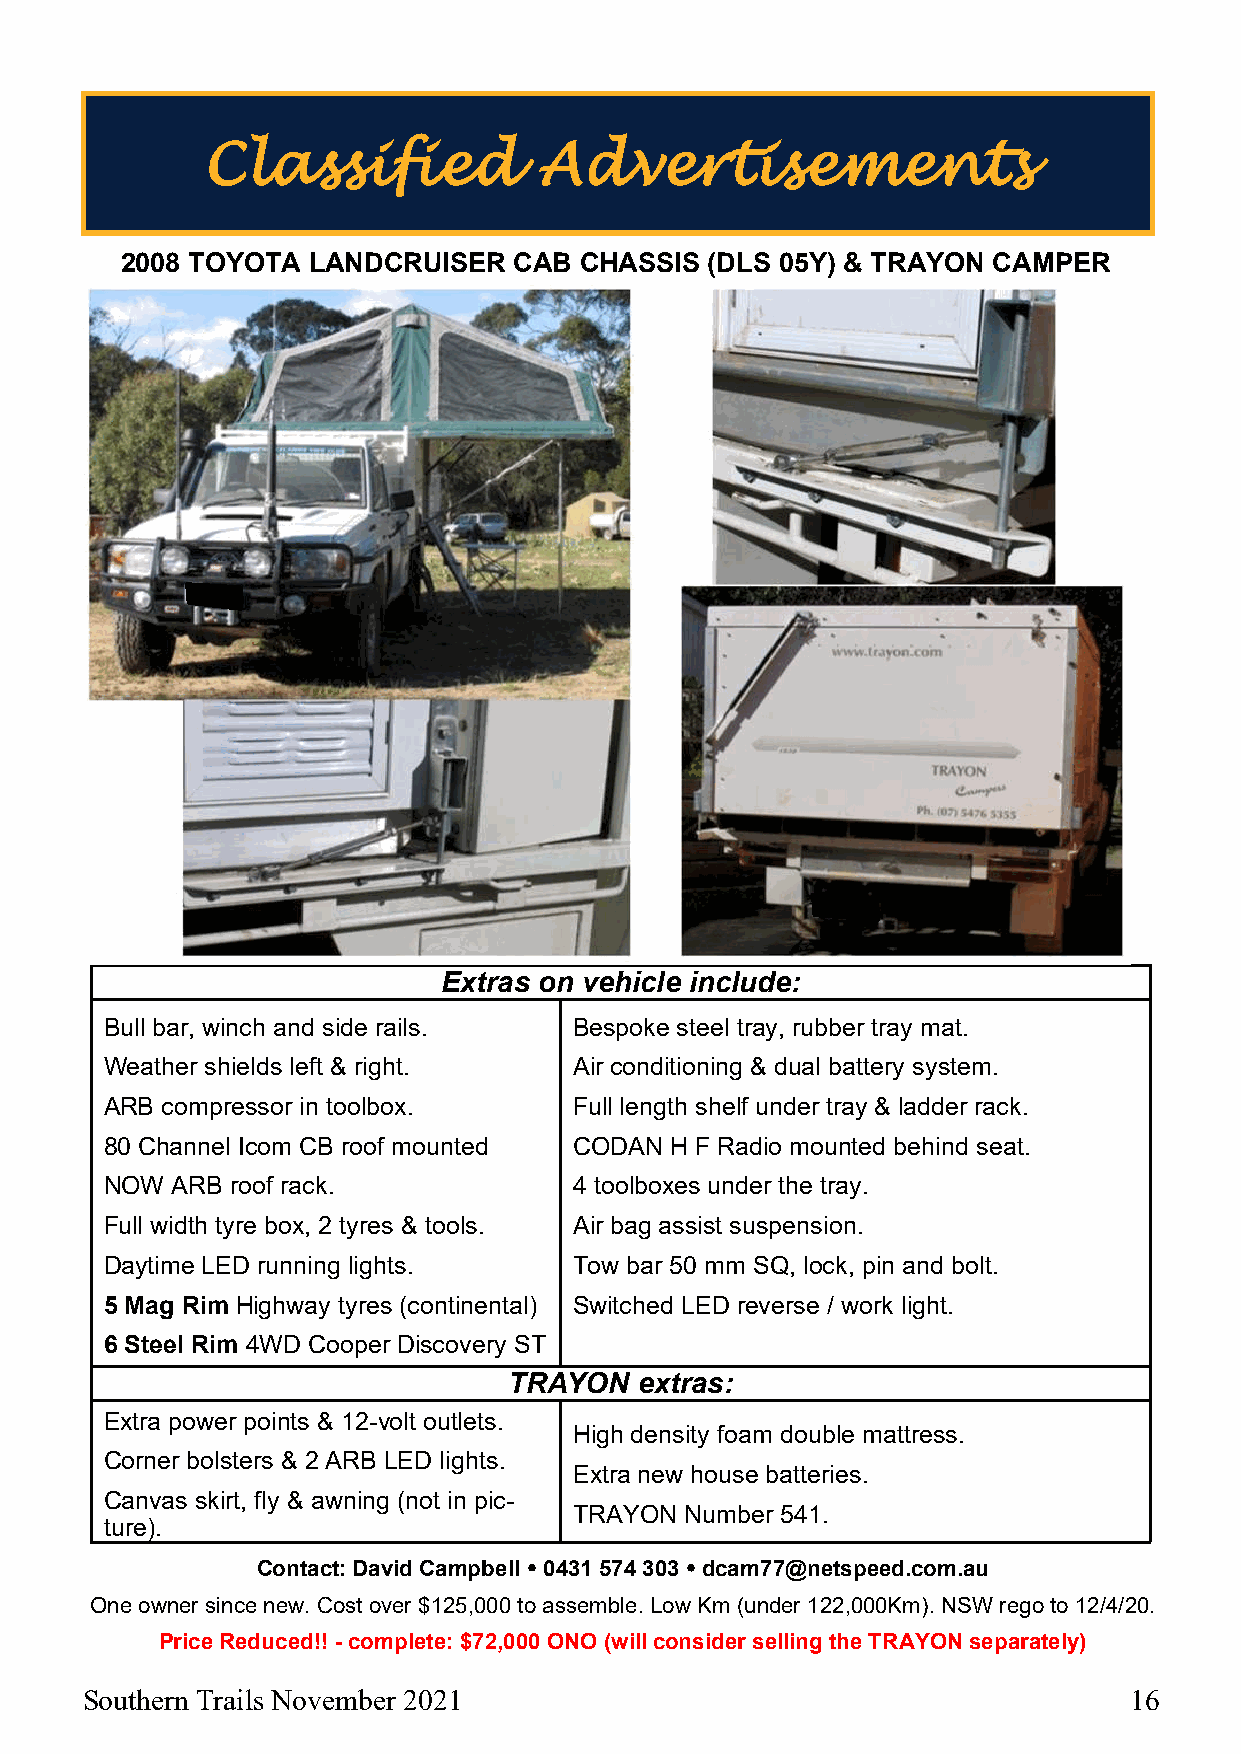
Classified             Advertisements
 2008 TOYOTA LANDCRUISER   CAB CHASSIS  (DLS 05Y) & TRAYON CAMPER
 Extras on vehicle include:
 Bull bar, winch and side rails. Bespoke steel tray, rubber tray mat.
 Weather shields left & right.  Air conditioning & dual battery system.
 ARB compressor in toolbox.     Full length shelf under tray & ladder rack.
 80 Channel Icom CB roof mounted CODAN H F Radio mounted behind seat.
 NOW ARB roof rack.             4 toolboxes under the tray.
 Full width tyre box, 2 tyres & tools. Air bag assist suspension.
 Daytime LED running lights.    Tow bar 50 mm SQ, lock, pin and bolt.
 5 Mag Rim Highway tyres (continental) Switched LED reverse / work light.
 6 Steel Rim 4WD Cooper Discovery ST
 TRAYON  extras:
 Extra power points & 12-volt outlets.
 High density foam double mattress.
 Corner bolsters & 2 ARB LED lights.
 Extra new house batteries.
 Canvas skirt, fly & awning (not in pic-
 TRAYON Number 541.
 ture).
 Contact: David Campbell  0431 574 303  dcam77@netspeed.com.au
 One owner since new. Cost over $125,000 to assemble. Low Km (under 122,000Km). NSW rego to 12/4/20.
 Price Reduced!! - complete: $72,000 ONO (will consider selling the TRAYON separately)
 Southern Trails November 2021                                         16